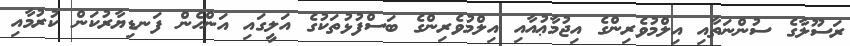
ރަސޫލާގެ ސުންނަތާއި އިލްމުވެރިންގެ އިޖުމާޢުއާއި އިލްމުވެރިންގެ ބަސްފުޅުތަކުގެ އަލީގައި އަންހެން ފަނޑިޔާރުކަން ކުރުމާއި